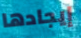
إيجادها